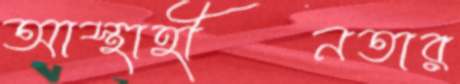
আস্থাহীনতার